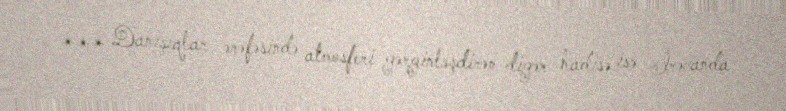
*** Danışıqlar ərəfəsində atmosferi gərginləşdirən digər hadisə isə İrəvanda